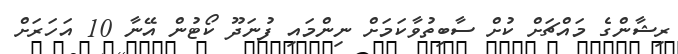
ރިޝާންގެ މައްޗަށް ކުށް ސާބިތުވާކަމަށް ނިންމައި ފުނަދޫ ކޯޓުން އޭނާ 10 އަހަރަށް